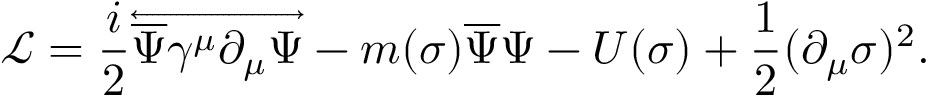
{ \mathcal { L } } = { \frac { i } { 2 } } { \overleftrightarrow { { \overline { { \Psi } } } \gamma ^ { \mu } \partial _ { \mu } \Psi } } - m ( \sigma ) { \overline { { \Psi } } } \Psi - U ( \sigma ) + { \frac { 1 } { 2 } } ( \partial _ { \mu } \sigma ) ^ { 2 } .